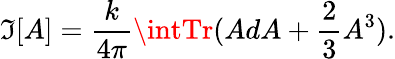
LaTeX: \mathfrak{I}[A]=\frac{{k}}{{4\pi}}\intTr(AdA+\frac{{2}}{{3}}A^{3}).